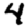
Digit: 4